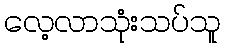
လေ့လာသုံးသပ်သူ